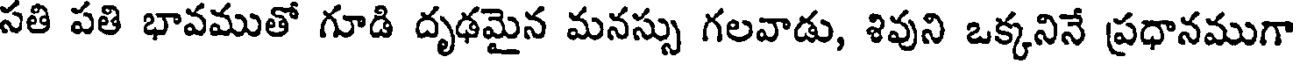
సతి పతి భావముతో గూడి దృఢమైన మనస్సు గలవాడు, శివుని ఒక్కనినే ప్రధానముగా